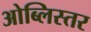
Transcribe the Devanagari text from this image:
ओब्लिस्तर